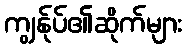
ကျွန်ုပ်၏ဆိုက်များ